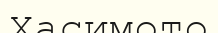
Хасимото